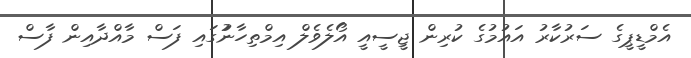
އެމްޑީޕީގެ ސަރުކާރު އައުމުގެ ކުރިން ޖީސީއީ އޯލެވެލް އިމްތިހާނުުގައި ފަސް މާއްދާއިން ފާސް